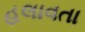
હલાવતા